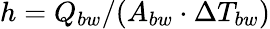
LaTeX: h=Q_{bw}/(A_{bw}\cdot\Delta T_{bw})